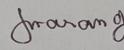
Signature authenticity: genuine